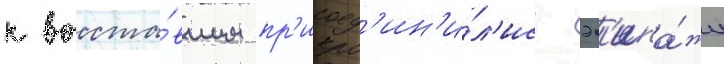
к восста́вшим пр'исоед'ин'и́л'ись эк'ипа́жи